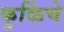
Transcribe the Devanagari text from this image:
कुळिंचे